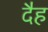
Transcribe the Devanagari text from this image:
दैह